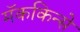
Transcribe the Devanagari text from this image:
मॅककिन्से